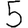
Digit: 5